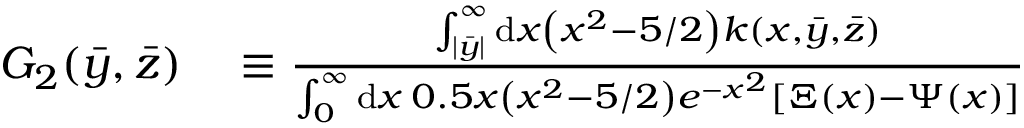
\begin{array} { r l } { G _ { 2 } ( \Bar { y } , \Bar { z } ) } & { { } \equiv \frac { \int _ { | \bar { y } | } ^ { \infty } \mathrm { d } x \left( x ^ { 2 } - 5 / 2 \right) k ( x , \bar { y } , \bar { z } ) } { \int _ { 0 } ^ { \infty } \mathrm { d } x \: 0 . 5 x \left( x ^ { 2 } - 5 / 2 \right) e ^ { - x ^ { 2 } } \left[ \Xi ( x ) - \Psi ( x ) \right] } } \end{array}